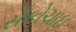
સઁકોચાઇ